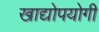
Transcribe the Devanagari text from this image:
खाद्योपयोगी